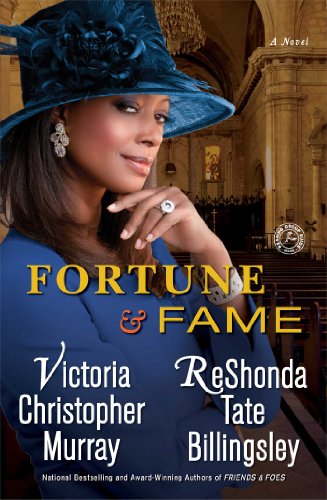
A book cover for Fortune & Fame: A Novel; Victoria Christopher Murray; Romance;